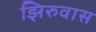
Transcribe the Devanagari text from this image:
झिरुवास